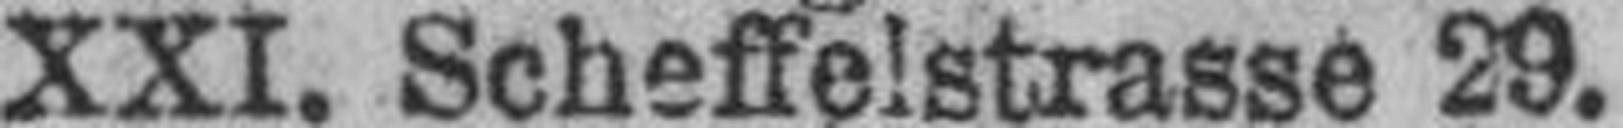
XXI. Scheffelstrasse 29.